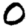
Digit: 0